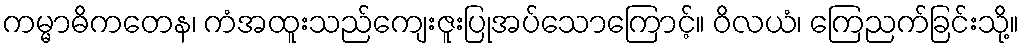
ကမ္မာဓိကတေန၊ ကံအထူးသည်ကျေးဇူးပြုအပ်သောကြောင့်။ ဝိလယံ၊ ကြေညက်ခြင်းသို့။